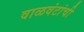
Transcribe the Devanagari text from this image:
वाळवंटांची